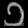
Digit: ၁